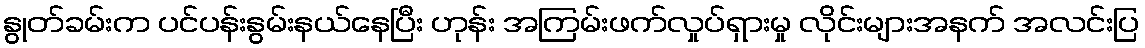
နွုတ်ခမ်းက ပင်ပန်းနွမ်းနယ်နေပြီး ဟုန်း အကြမ်းဖက်လှုပ်ရှားမှု လိုင်းများအနက် အလင်းပြ